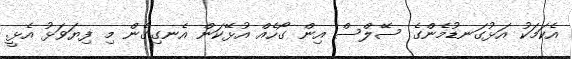
އެކަމަކު އަޅުގަނޑުމެންގެ ސޭލްސް އިން ގޯހެއް އުޅޭކަން އެނގިގެން މި ފިޔަވަޅު އެޅީ.